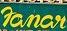
fanar